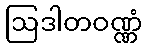
ဩဒါတဝဏ္ဏံ